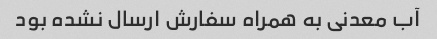
آب معدنی به همراه سفارش ارسال نشده بود